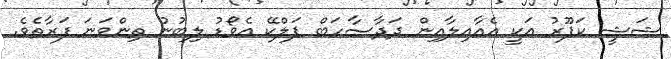
ޝަޝީ ކަޕޫރު އަކީ އެއާއިލާއިން ދަދާސާހަބް ޕަލްކޭ އެވޯޑު ލިބުނު ތިންވަނަ ފަރާތެވެ.